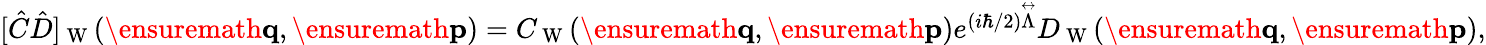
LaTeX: \begin{array}{r}{[\hat{C}\hat{D}]_{\mathrm{~W~}}(\ensuremath{\mathbf{q}},\ensuremath{\mathbf{p}})=C_{\mathrm{~W~}}(\ensuremath{\mathbf{q}},\ensuremath{\mathbf{p}})e^{(i\hbar/2)\overset\leftrightarrow{\Lambda}}D_{\mathrm{~W~}}(\ensuremath{\mathbf{q}},\ensuremath{\mathbf{p}}),}\end{array}